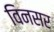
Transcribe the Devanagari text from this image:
विनसर